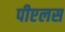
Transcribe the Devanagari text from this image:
पीएलस